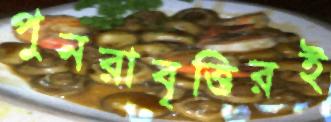
পুনরাবৃত্তিরই